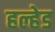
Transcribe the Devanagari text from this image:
हल्हेड